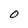
Character: O